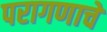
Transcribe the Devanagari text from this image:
परागणाचे